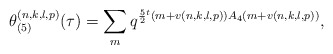
\begin{align*}\theta_{(5)}^{(n,k,l,p)}(\tau)=\sum_{m}q^{\frac{5}{2}{}^t(m+v(n,k,l,p))A_4(m+v(n,k,l,p))},\end{align*}